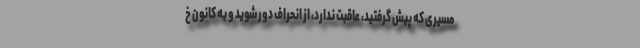
مسیری که پیش گرفتید، عاقبت ندارد، از انحراف دور شوید و به کانون خ